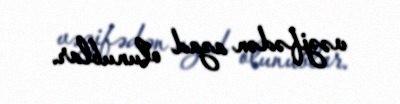
vəzifədən azad olunublar.